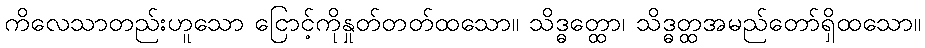
ကိလေသာတည်းဟူသော ငြောင့်ကိုနှုတ်တတ်ထသော။ သိဒ္ဓတ္ထော၊ သိဒ္ဓတ္ထအမည်တော်ရှိထသော။